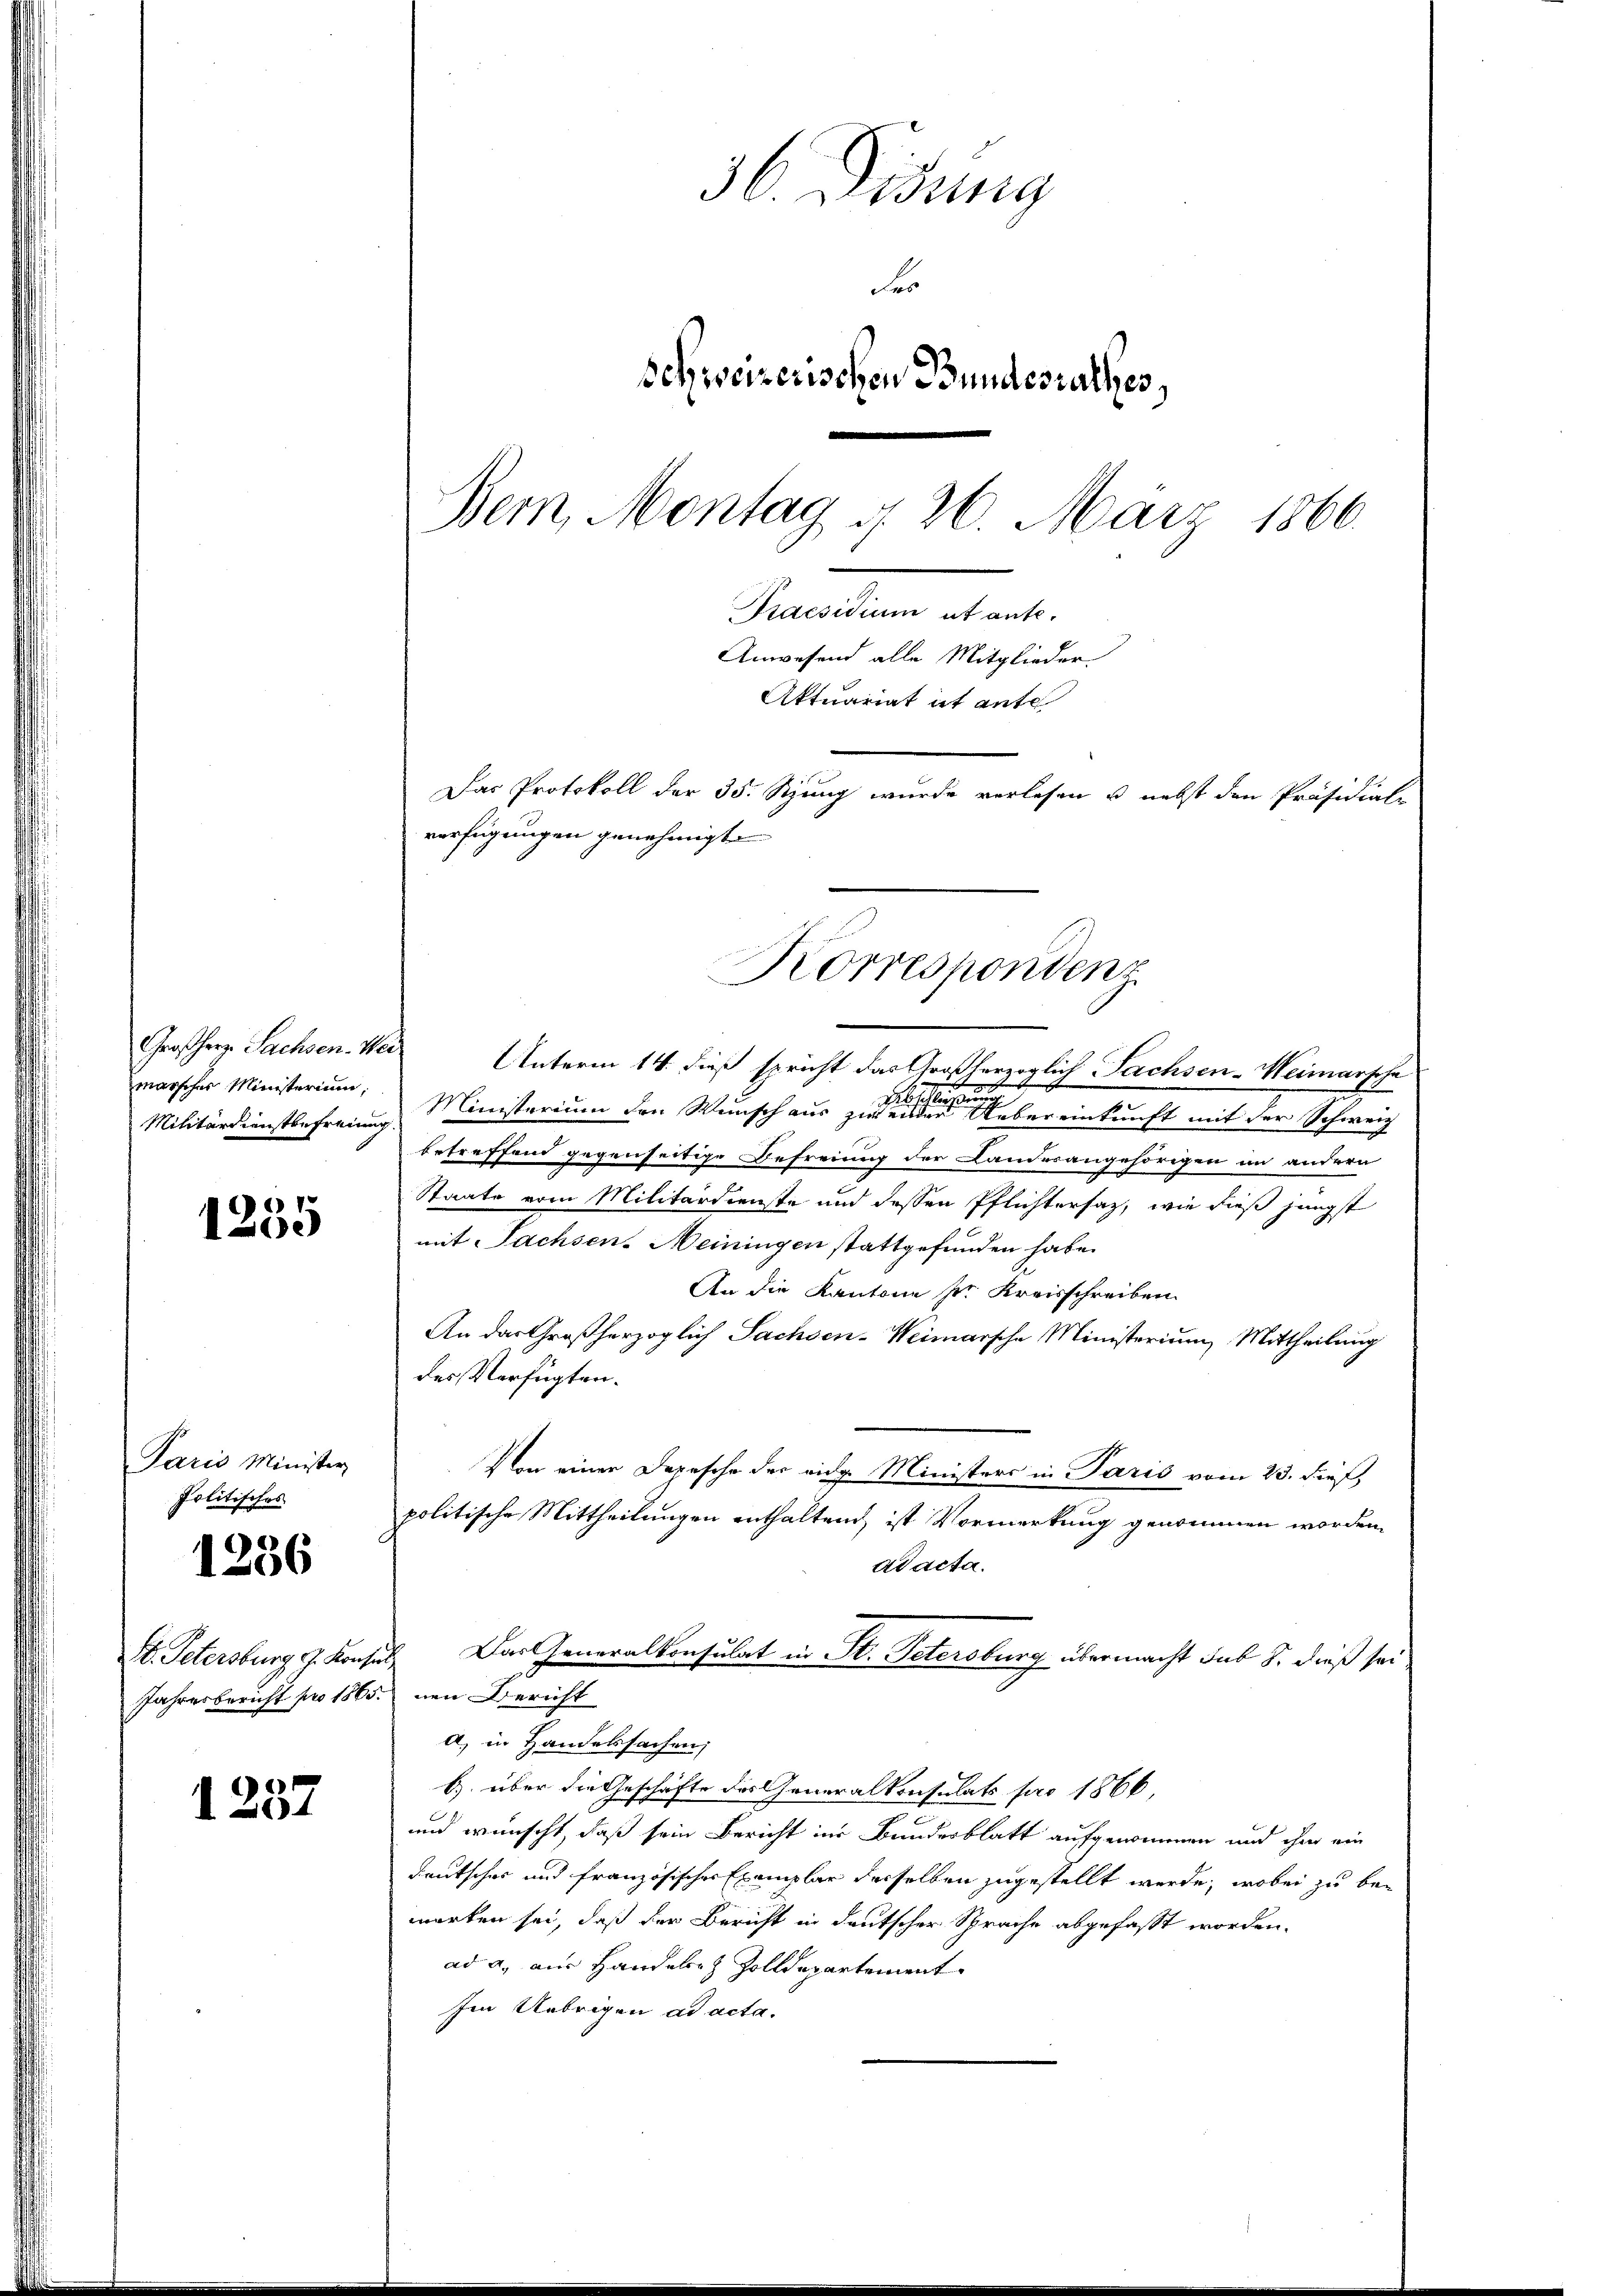
Großherr Sachsen-Wei
Militärdienstbefreiung.

1255

Paris Minister
Politisches
1236

I. Petersburg G. Konz
Jahresbericht pro 186

1237

36. Didung
e
schweizerischen Bundesrathes,
Bern, Montag, d. 26. März 1866.
Praesidium ut ante.
Anwesend alle Mitglieder.
Aktuariat ist ante
Das Protokoll der 35. Szung wurde verlesen u. nebst den Präsidial-
verfügungen genehmigt.

Unterm 14. dieß spricht das Großherzoglich Pachsen-Meimarsche
marscher Ministerium, Ministerium den Wunsch aus zu seiner eine Vereinkunft mit der Schweiz
betreffend gegenseitige Befreiung der Landesangehörigen im andern
Staate vom Militärdienste und dessen Pflichtersatz, wie dies jüngst
mit Sachsen-Meiningen stattgefunden habe.
An die Kantone ser Kreisschreiben
An das Großherzoglich Sachsen-Weimarsche Ministerium Mittheilung
des Verfügten.
Von einer Depesche der eidg. Ministers in Paris vom 23. dieß,
politische Mittheilungen enthaltend ist Vormerkung genommen worden,
Adacta.
tut. Das Generalkonsulat in St. Petersburg übermacht sub S. dieß sei
dnen Bericht
a) in Handelsachen;
b) über die Geschäfte des Generalkonsulats pro 1866,
und wünscht, daß sein Bericht in Bandesblatt aufgenommen und ihm ein
Deutscher und französischer Exemplar derselben zugestellt werde, wobei zu bemerken sei, daß der Bericht in deutscher Sprache abgefasst worden.
ad a. aus Handele Zolldepartement
Ien Uebrigen ad acta.

Korrespondenz